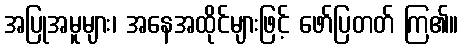
အပြုအမူများ၊ အနေအထိုင်များဖြင့် ဖော်ပြတတ် ကြ၏။